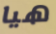
هيا